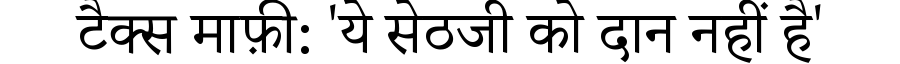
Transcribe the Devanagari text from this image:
टैक्स माफ़ी: 'ये सेठजी को दान नहीं है'